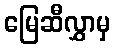
မြေဆီလွှာမှ